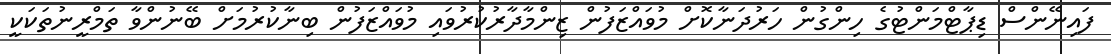
ފައިނޭންސް ޑިޕާޓްމަންޓުގެ ހިންގުން ހަރުދަނާކޮށް މުވައްޒަފުން ޒިންމާދާރުކުރުވައި މުވައްޒަފުން ބިނާކުރުމަށް ބޭނުންވާ ތަމްރީނުތަކަކީ